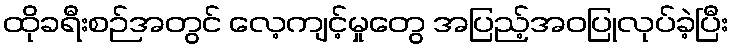
ထိုခရီးစဉ်အတွင် လေ့ကျင့်မှုတွေ အပြည့်အဝပြုလုပ်ခဲ့ပြီး